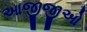
આજીજીઓ